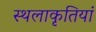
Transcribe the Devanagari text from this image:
स्थलाकृतियां